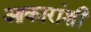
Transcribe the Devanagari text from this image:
आकारांशी